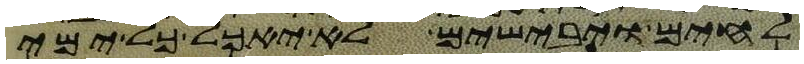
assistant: לחים ויבישים לא יאכל כל ימי